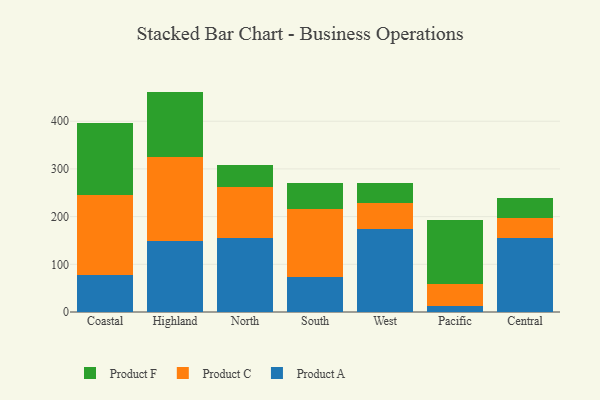
{"axis": {"x": "Region", "y": "Operating Costs (USD K)"}, "legend": ["Product A", "Product C", "Product F"], "data": [{"x": "Coastal", "y": 77.1, "type": "Product A"}, {"x": "Coastal", "y": 167.8, "type": "Product C"}, {"x": "Coastal", "y": 150.6, "type": "Product F"}, {"x": "Highland", "y": 148.8, "type": "Product A"}, {"x": "Highland", "y": 177.2, "type": "Product C"}, {"x": "Highland", "y": 136.1, "type": "Product F"}, {"x": "North", "y": 154.7, "type": "Product A"}, {"x": "North", "y": 108.4, "type": "Product C"}, {"x": "North", "y": 45.2, "type": "Product F"}, {"x": "South", "y": 73.4, "type": "Product A"}, {"x": "South", "y": 143.1, "type": "Product C"}, {"x": "South", "y": 54.2, "type": "Product F"}, {"x": "West", "y": 173.5, "type": "Product A"}, {"x": "West", "y": 54.6, "type": "Product C"}, {"x": "West", "y": 43.0, "type": "Product F"}, {"x": "Pacific", "y": 13.4, "type": "Product A"}, {"x": "Pacific", "y": 45.5, "type": "Product C"}, {"x": "Pacific", "y": 134.8, "type": "Product F"}, {"x": "Central", "y": 155.2, "type": "Product A"}, {"x": "Central", "y": 41.4, "type": "Product C"}, {"x": "Central", "y": 41.5, "type": "Product F"}]}